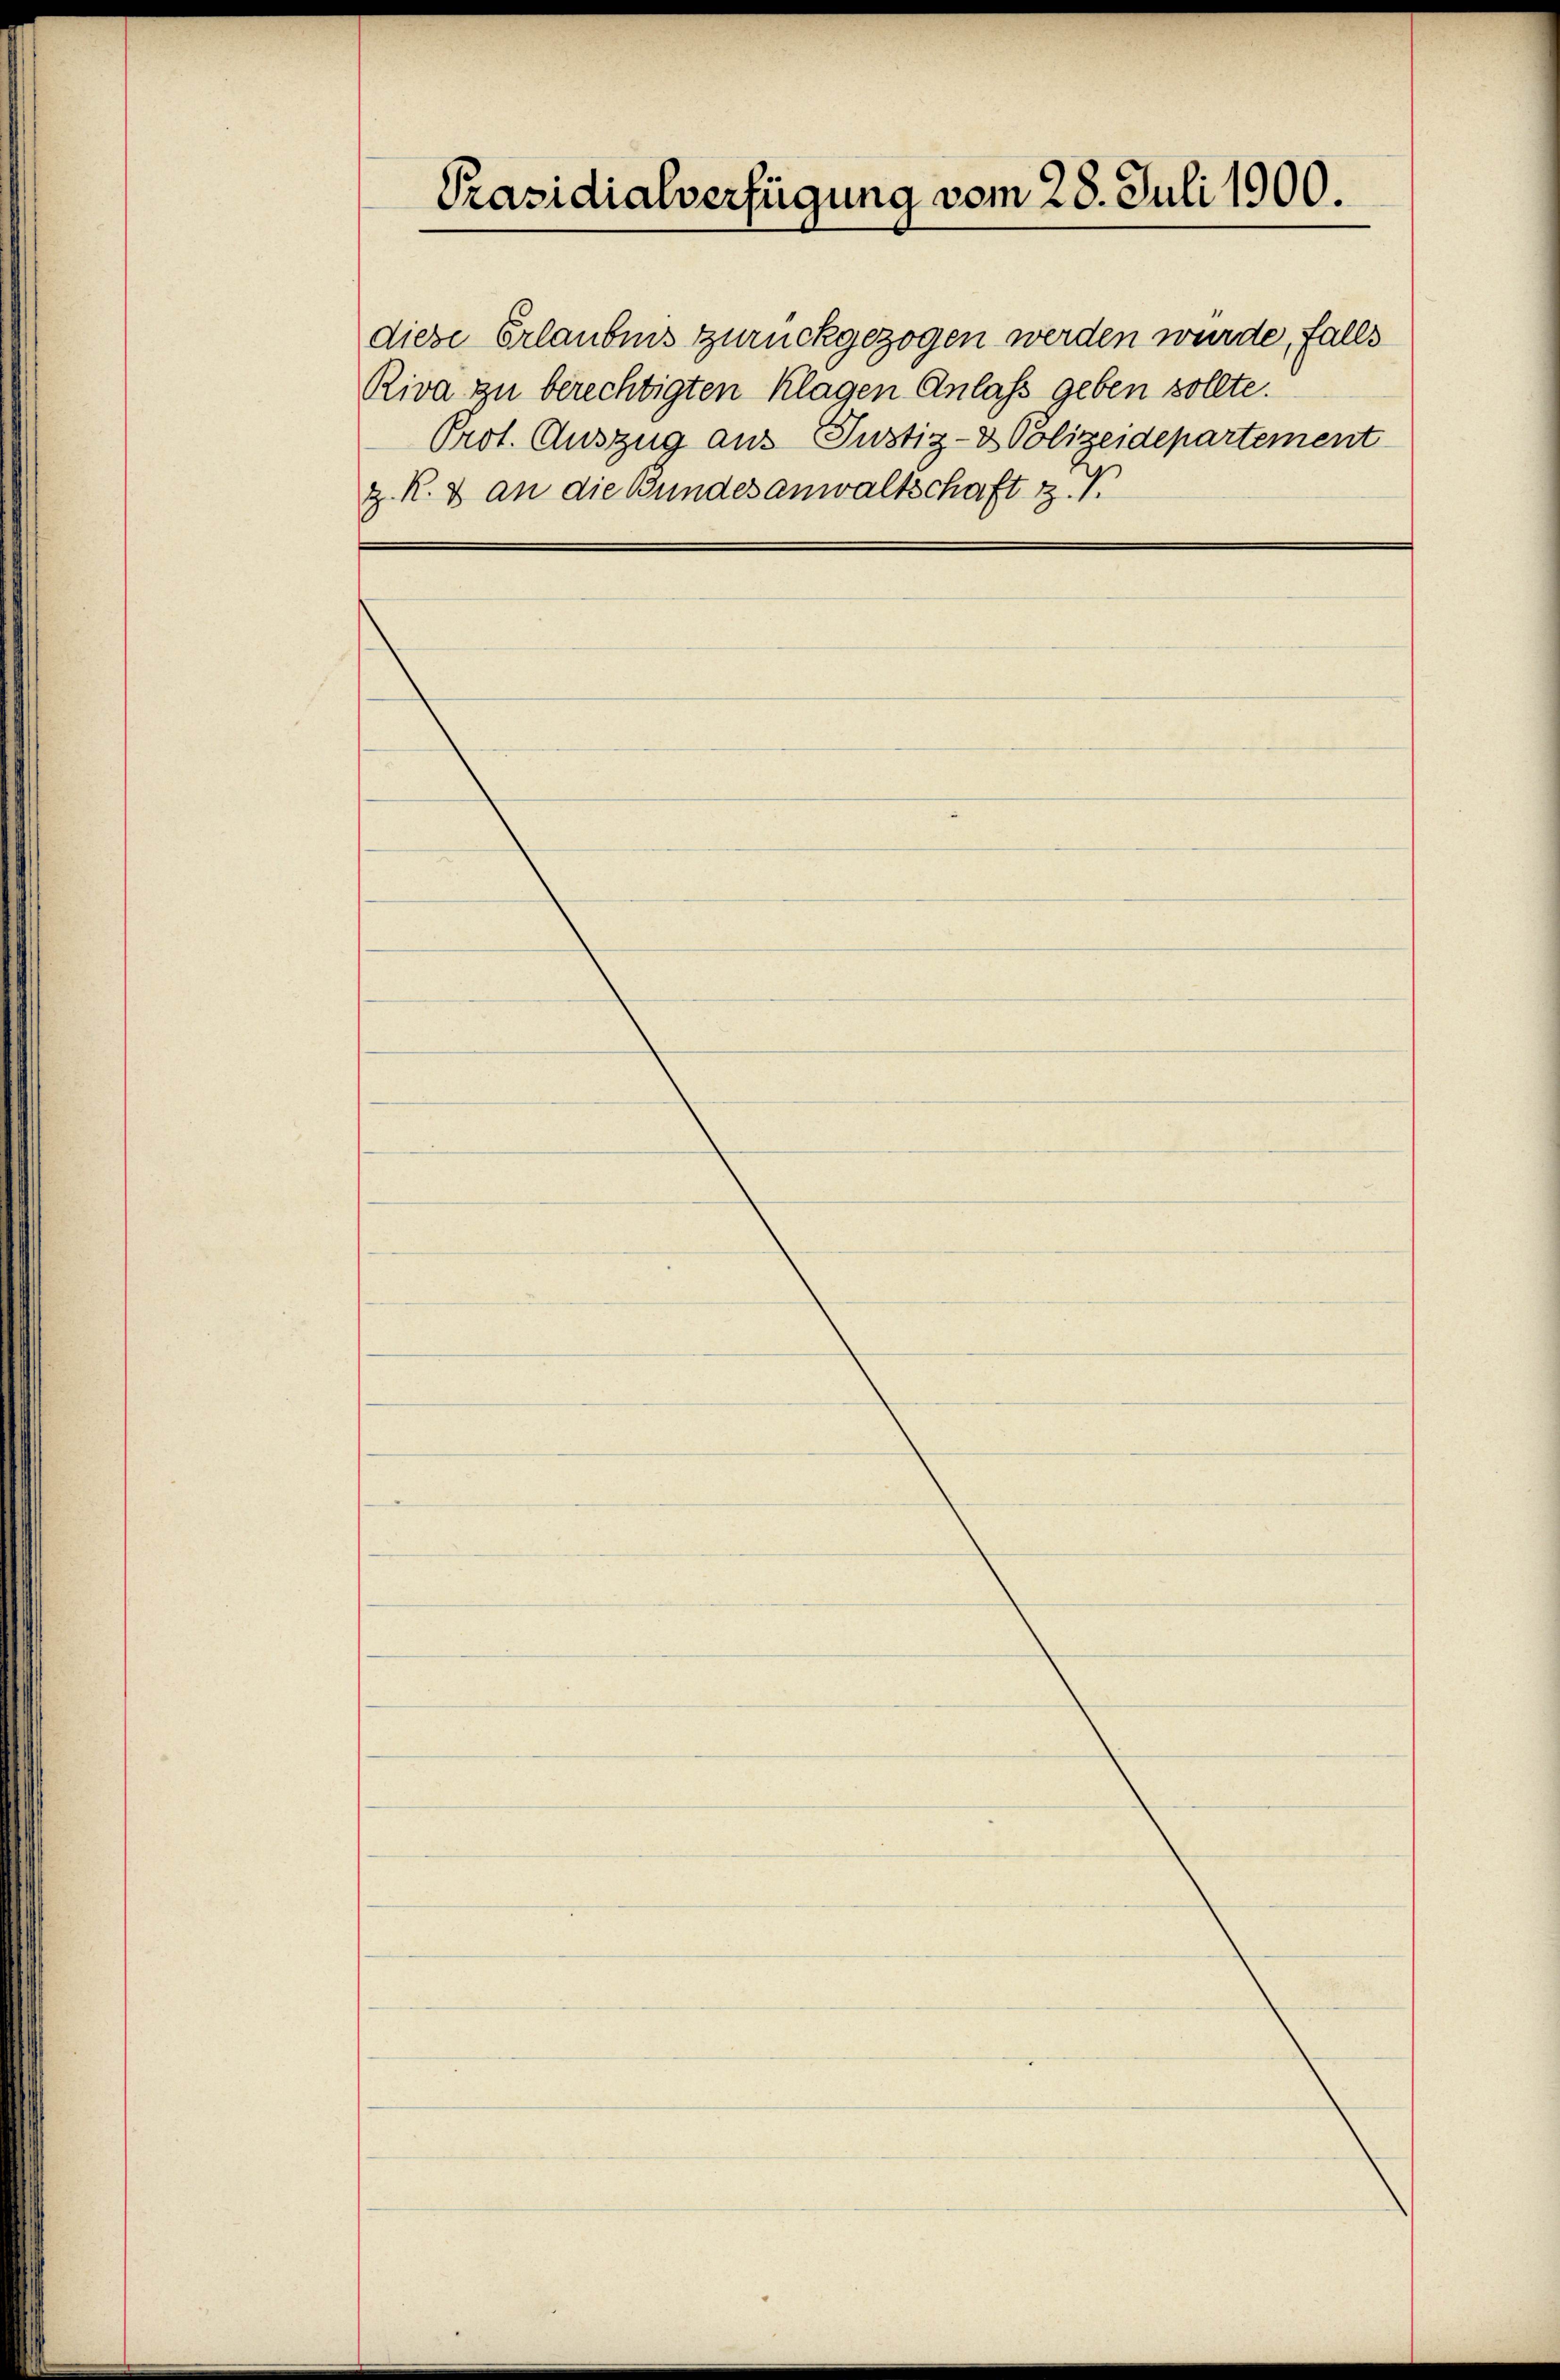
Präsidialverfügung vom 28. Juli 1900.

diese Erlaubnis zurückgezogen werden wurde, falls
Riva zu berechtigten Klagen Anlass geben sollte.
Prot. Auszug aus Justiz- & Polizeidepartement
z. R. & an die Bundesanwaltschaft z. T.